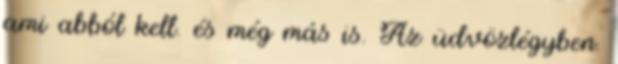
ami abból kell. és még más is. Az üdvözlégyben.